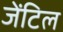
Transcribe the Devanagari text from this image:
जेंटिल